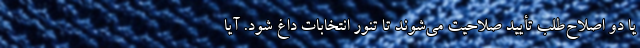
یا دو اصلاح‌طلب تأیید صلاحیت می‌شوند تا تنور انتخابات داغ شود. آیا